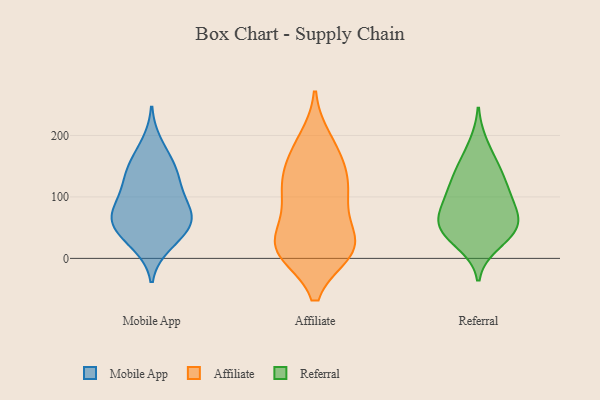
{"axis": {"x": "Satisfaction Score", "y": "Value"}, "legend": ["Affiliate", "Mobile App", "Referral"], "data": [{"x": "", "y": 125, "type": "Mobile App"}, {"x": "", "y": 152, "type": "Mobile App"}, {"x": "", "y": 155, "type": "Mobile App"}, {"x": "", "y": 137, "type": "Mobile App"}, {"x": "", "y": 69, "type": "Mobile App"}, {"x": "", "y": 53, "type": "Mobile App"}, {"x": "", "y": 72, "type": "Mobile App"}, {"x": "", "y": 97, "type": "Mobile App"}, {"x": "", "y": 27, "type": "Mobile App"}, {"x": "", "y": 83, "type": "Mobile App"}, {"x": "", "y": 21, "type": "Mobile App"}, {"x": "", "y": 55, "type": "Mobile App"}, {"x": "", "y": 113, "type": "Mobile App"}, {"x": "", "y": 47, "type": "Mobile App"}, {"x": "", "y": 67, "type": "Mobile App"}, {"x": "", "y": 187, "type": "Mobile App"}, {"x": "", "y": 19, "type": "Affiliate"}, {"x": "", "y": 141, "type": "Affiliate"}, {"x": "", "y": 66, "type": "Affiliate"}, {"x": "", "y": 160, "type": "Affiliate"}, {"x": "", "y": 103, "type": "Affiliate"}, {"x": "", "y": 13, "type": "Affiliate"}, {"x": "", "y": 179, "type": "Affiliate"}, {"x": "", "y": 25, "type": "Affiliate"}, {"x": "", "y": 192, "type": "Affiliate"}, {"x": "", "y": 32, "type": "Affiliate"}, {"x": "", "y": 14, "type": "Affiliate"}, {"x": "", "y": 101, "type": "Affiliate"}, {"x": "", "y": 11, "type": "Affiliate"}, {"x": "", "y": 125, "type": "Affiliate"}, {"x": "", "y": 111, "type": "Affiliate"}, {"x": "", "y": 12, "type": "Affiliate"}, {"x": "", "y": 68, "type": "Referral"}, {"x": "", "y": 109, "type": "Referral"}, {"x": "", "y": 33, "type": "Referral"}, {"x": "", "y": 52, "type": "Referral"}, {"x": "", "y": 78, "type": "Referral"}, {"x": "", "y": 98, "type": "Referral"}, {"x": "", "y": 23, "type": "Referral"}, {"x": "", "y": 45, "type": "Referral"}, {"x": "", "y": 131, "type": "Referral"}, {"x": "", "y": 55, "type": "Referral"}, {"x": "", "y": 142, "type": "Referral"}, {"x": "", "y": 55, "type": "Referral"}, {"x": "", "y": 152, "type": "Referral"}, {"x": "", "y": 100, "type": "Referral"}, {"x": "", "y": 186, "type": "Referral"}]}